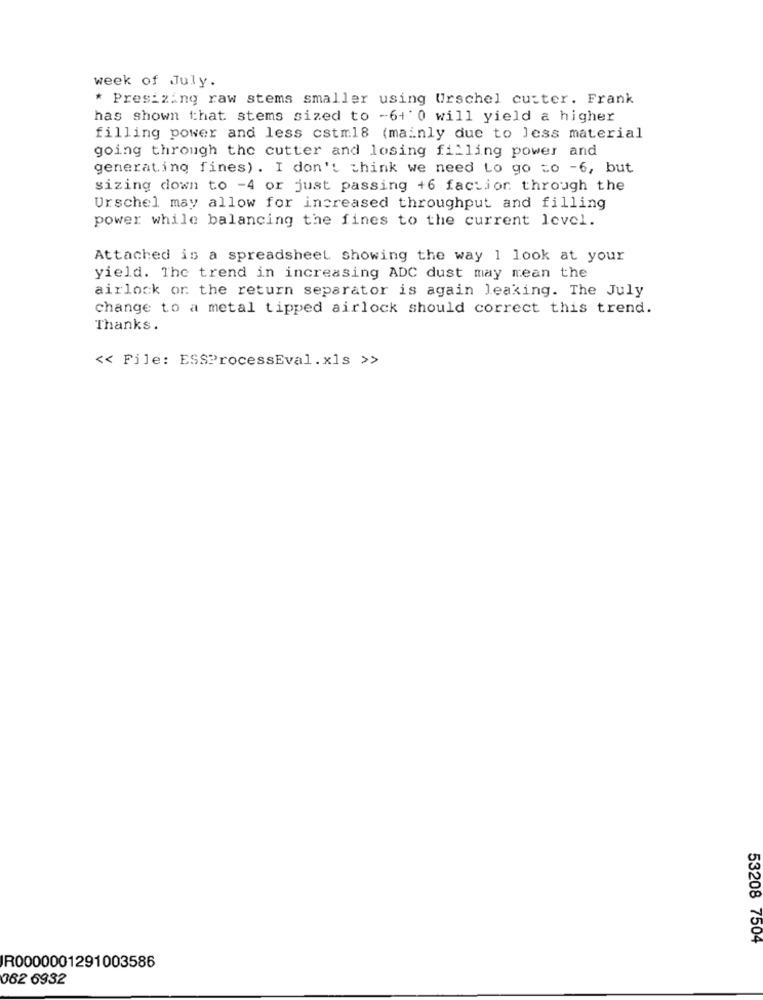
week of July.
* Presizing raw stems smaller using Urschel cutter. Frank
has shown that stems sized to -6+'0 will yield a higher
filling power and less cstm18 (mainly due to Jess material
going through the cutter and losing filling power and
generating fines). I don't think we need to go to -6, but
sizing down to -4 or just passing +6 faction through the
Urschel may allow for increased throughput and filling
power while balancing the fines to the current level.
Attached is a spreadsheet showing the way 1 look at your
yield. The trend in increasing ADC dust may mean the
airlock or the return separator is again leaking. The July
change to a metal tipped airlock should correct this trend.
Thanks.
<< File: ESSProcessEval.xls >>
53208 7504
R0000001291003586
062 6932